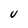
Character: U